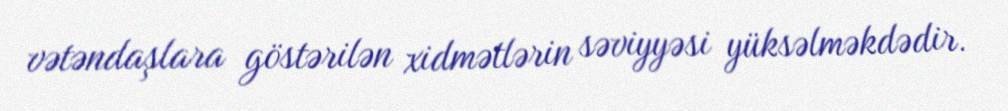
vətəndaşlara göstərilən xidmətlərin səviyyəsi yüksəlməkdədir.